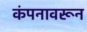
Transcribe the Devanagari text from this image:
कंपनावरून